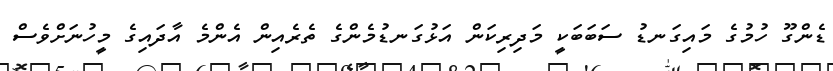
ޑެންގޫ ހުމުގެ މައިގަނޑު ސަބަބަކީ މަދިރިކަން އަޅުގަނޑުމެންގެ ތެރެއިން އެންމެ އާދައިގެ މީހުނަށްވެސް